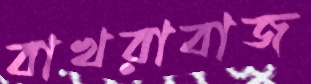
বাখরাবাজ